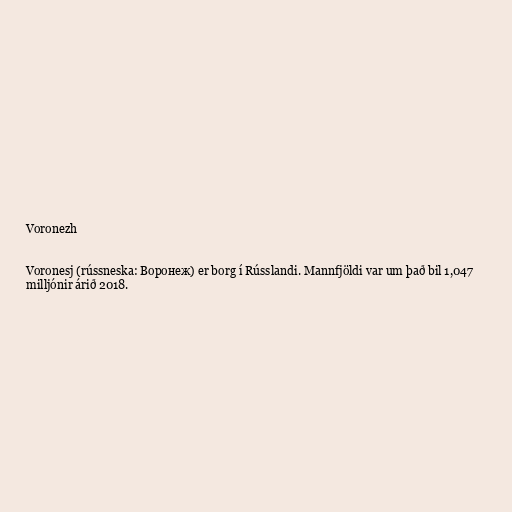
Voronezh

Voronesj (rússneska: Воронеж) er borg í Rússlandi. Mannfjöldi var um það bil 1,047
milljónir árið 2018.